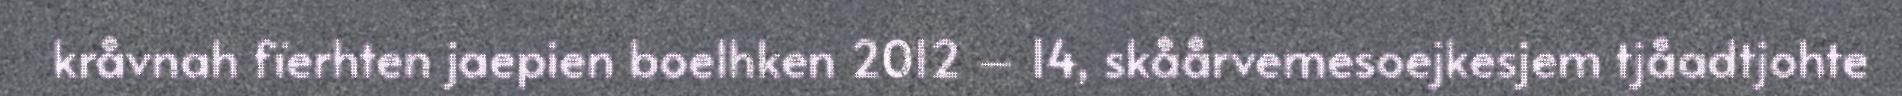
kråvnah fïerhten jaepien boelhken 2012 – 14, skåårvemesoejkesjem tjåadtjohte